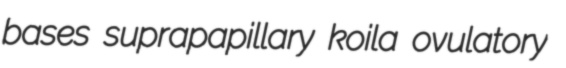
bases suprapapillary koila ovulatory